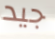
جيد